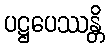
ပဋ္ဌပေဿန္တိ